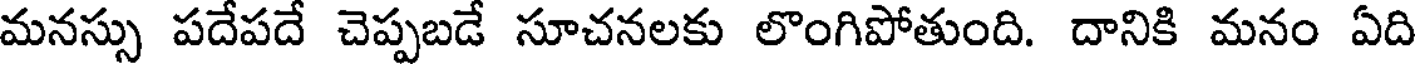
మనస్సు పదేపదే చెప్పబడే సూచనలకు లొంగిపోతుంది. దానికి మనం ఏది